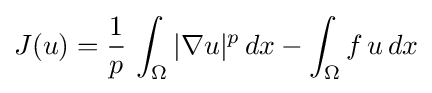
J(u)={\frac {1}{p}}\,\int _{\Omega }|\nabla u|^{p}\,dx-\int _{\Omega }f\,u\,dx